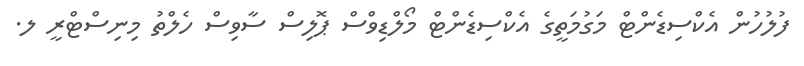
ފުލުހުން އެކްސިޑެންޓް މަގުމަތީގެ އެކްސިޑެންޓް މޯލްޑިވްސް ޕޮލިސް ސާވިސް ހެލްތު މިނިސްޓްރީ ލ.